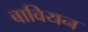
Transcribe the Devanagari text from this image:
बावियन